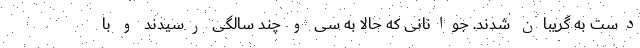
دست به گریبان شدند. جوانانی که حالا به سی و چند سالگی رسیدند و با